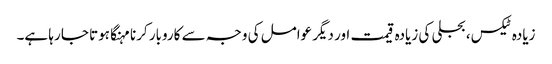
زیادہ ٹیکس، بجلی کی زیادہ قیمت اور دیگر عوامل کی وجہ سے کاروبار کرنا مہنگا ہوتا جا رہا ہے۔